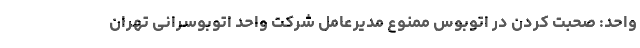
واحد: صحبت کردن‌ در اتوبوس ممنوع مدیرعامل شرکت واحد اتوبوسرانی تهران